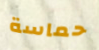
حماسة